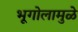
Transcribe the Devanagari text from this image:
भूगोलामुळे